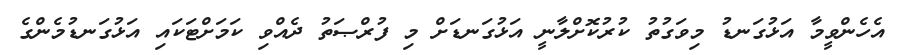
އެހެންވީމާ އަޅުގަނޑު މިވަގުތު ކުރުކޮށްލާނީ އަޅުގަނޑަށް މި ފުރްޞަތު ދެއްވި ކަމަށްޓަކައި އަޅުގަނޑުމެންގެ